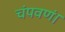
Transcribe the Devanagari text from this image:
चंपवणं।